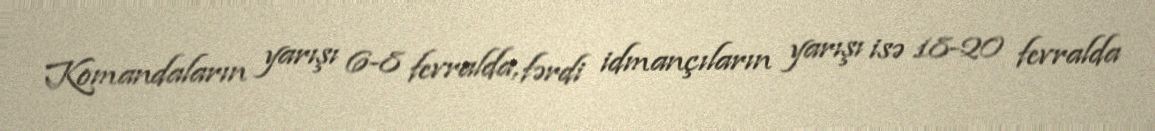
Komandaların yarışı 6-8 fevralda, fərdi idmançıların yarışı isə 18-20 fevralda